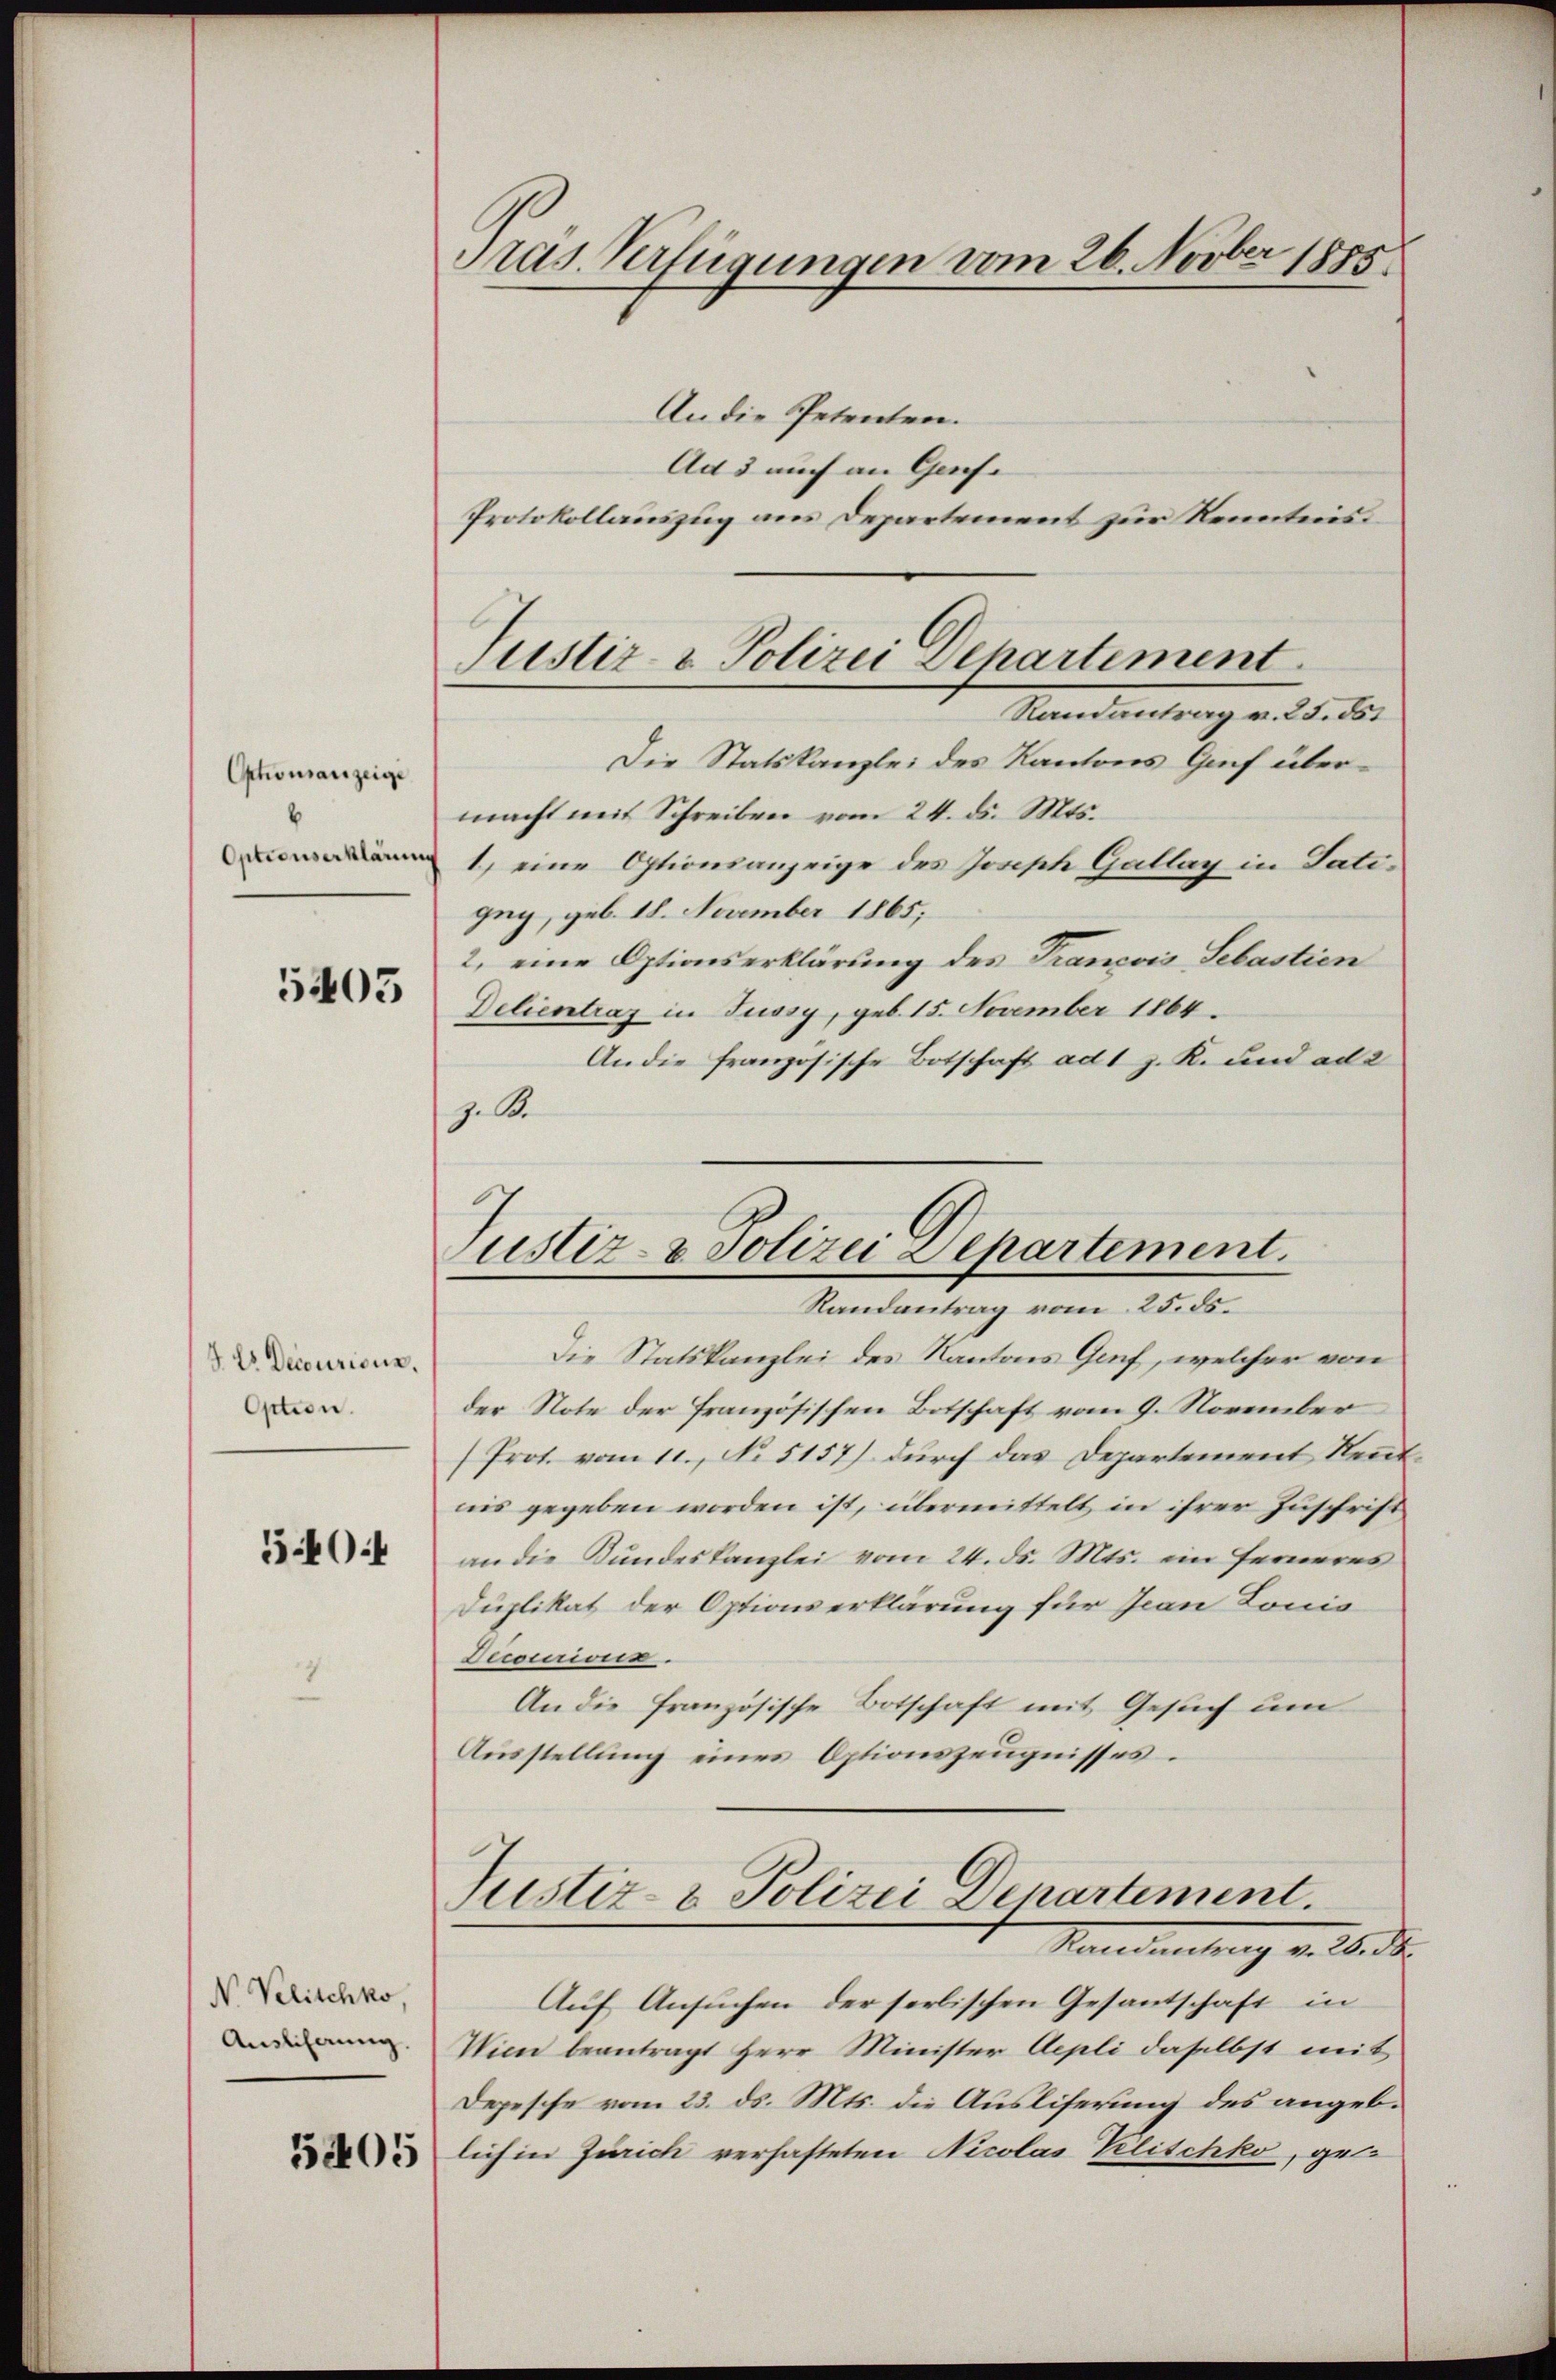
Optionsanzeige
6
Optionserklärun

5403

4 Es Decurione.
Option.

50:

Nr. Velitchko,
Auslehrung.

5205

Präs. Verfügungen vom 26. Novber 1885

Justiz- & Polizei Departement
Randantrag v. 25. 551

An die Petenten.
Ad 3 auch an Genfe
Protokollauszug aus Departement zur Kenntnis.
Die Statskanzlei des Kantons Grif übermacht mit Schreiben vom 24. d. Mts.
1) eine Optionsanzeige des Joseph Gallay in Satigug, geb. 18. November 1865,
2, eine Optionserklärung des Tranović Sebastien
Delientrag in Jussy, geb. 15. November 1864.
An die französische Botschaft ad 1 J. K. und ad 2
z. B.

Justiz- & Polizei Departement.
Randantrag vom 25. ds.

Die Statskanzlei des Kantons Genf, welcher von
der Note der Französischen Botschaft vom 9. November
/Prot. vom 11. No 5157) durch das Departement Rentnis gegeben worden ist, übermittelt in ihrer Zuschrift
an die Bundeskanzlei vom 24. ds. Mts. ein ferneres
Duplikat der Optionserklärung für Jean Louis
Decourios.
An die französische Botschaft mit Gesuch um
Ausstellung eines Optionszeugnisses.

Justiz- & Polizei Departement.
Venedietung v. 16. d.

Auf Ansuchen der seelischen Gesantschaft in
Wien beantragt Herr Minister Aepli daselbst mit
Depesche vom 23. ds. Mts. die Ausliserung des angeb.
lich in Zürich verhafteten Nicolas Klischko, ge-